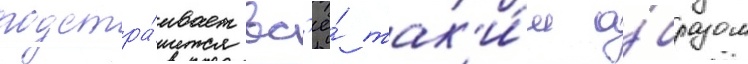
подстра́ивает вс'ё́ так'и́м о́бразом